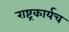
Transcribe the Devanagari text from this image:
राष्ट्रकार्यच